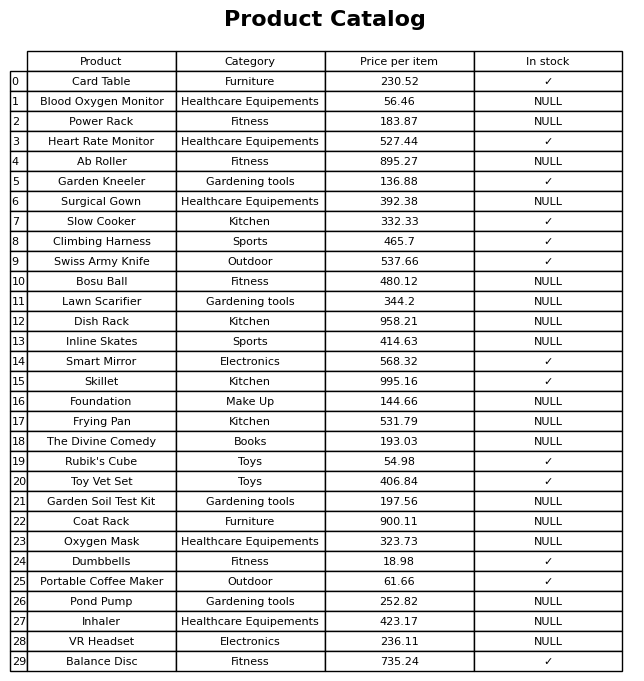
question: Is the Pond Pump in stock?
answer: NULL